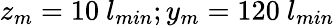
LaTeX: z_{m}=10~l_{min};y_{m}=120~l_{min}